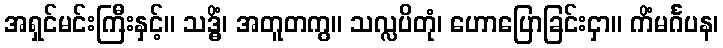
အရှင်မင်းကြီးနှင့်။ သဒ္ဓိံ၊ အတူတကွ။ သလ္လပိတုံ၊ ဟောပြောခြင်းငှာ။ ကိံမင်္ဂပန၊